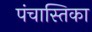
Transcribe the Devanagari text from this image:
पंचास्तिका